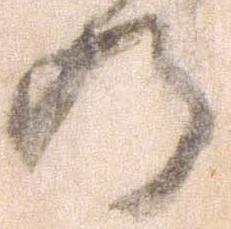
乃